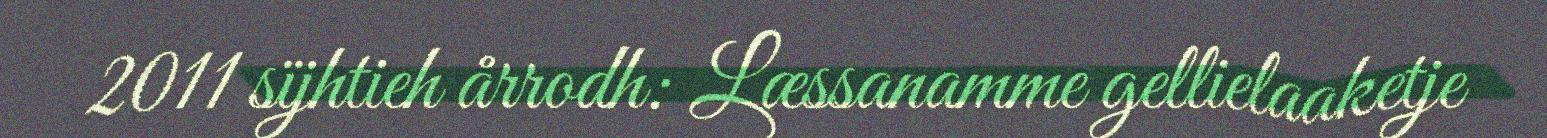
2011 sïjhtieh årrodh: Læssanamme gellielaaketje